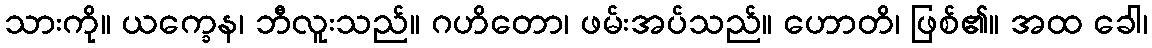
သားကို။ ယက္ခေန၊ ဘီလူးသည်။ ဂဟိတော၊ ဖမ်းအပ်သည်။ ဟောတိ၊ ဖြစ်၏။ အထ ခေါ၊